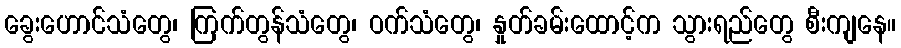
ခွေးဟောင်သံတွေ၊ ကြက်တွန်သံတွေ၊ ဝက်သံတွေ၊ နှုတ်ခမ်းထောင့်က သွားရည်တွေ စီးကျနေ။